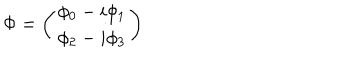
\Phi = \left( \begin{array} { c } { { \phi _ { 0 } - i \phi _ { 1 } } } \\ { { \phi _ { 2 } - i \phi _ { 3 } } } \\ \end{array} \right)